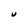
Character: U